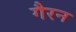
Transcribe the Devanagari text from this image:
गैरन